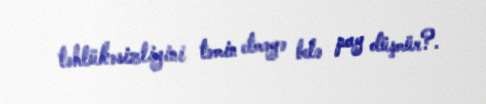
təhlükəsizliyini təmin etməyə belə pay düşmür?.